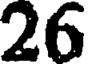
26